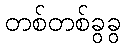
တစ်တစ်ခွခွ